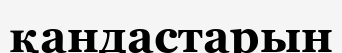
қандастарын